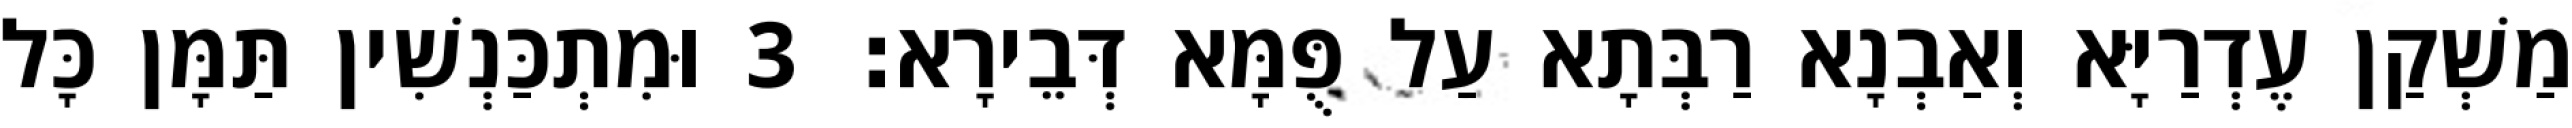
מַשְׁקַן עֶדְרַיָּא וְאַבְנָא רַבְּתָא עַל פֻּמָּא דְּבֵירָא׃ 3 וּמִתְכַּנְשִׁין תַּמָּן כָּל